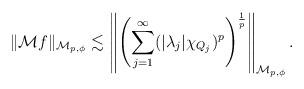
LaTeX: \begin{align*}\|{\mathcal M}f\|_{{\mathcal M}_{p,\phi}}&\lesssim\left\|\left(\sum_{j=1}^\infty (|\lambda_j|\chi_{Q_j})^p\right)^{\frac{1}{p}}\right\|_{{\mathcal M}_{p,\phi}}.\end{align*}